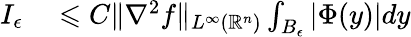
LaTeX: \begin{array}{rl}{I_{\epsilon}}&{{}\leqslant C\| \nabla^{2}f\| _{L^{\infty}(\mathbb{R}^{n})}\int_{B_{\epsilon}}|\Phi(y)|dy}\end{array}